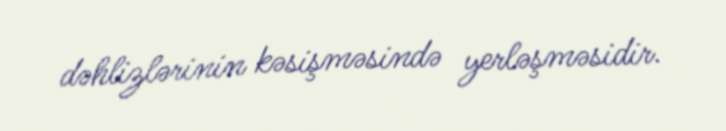
dəhlizlərinin kəsişməsində yerləşməsidir.